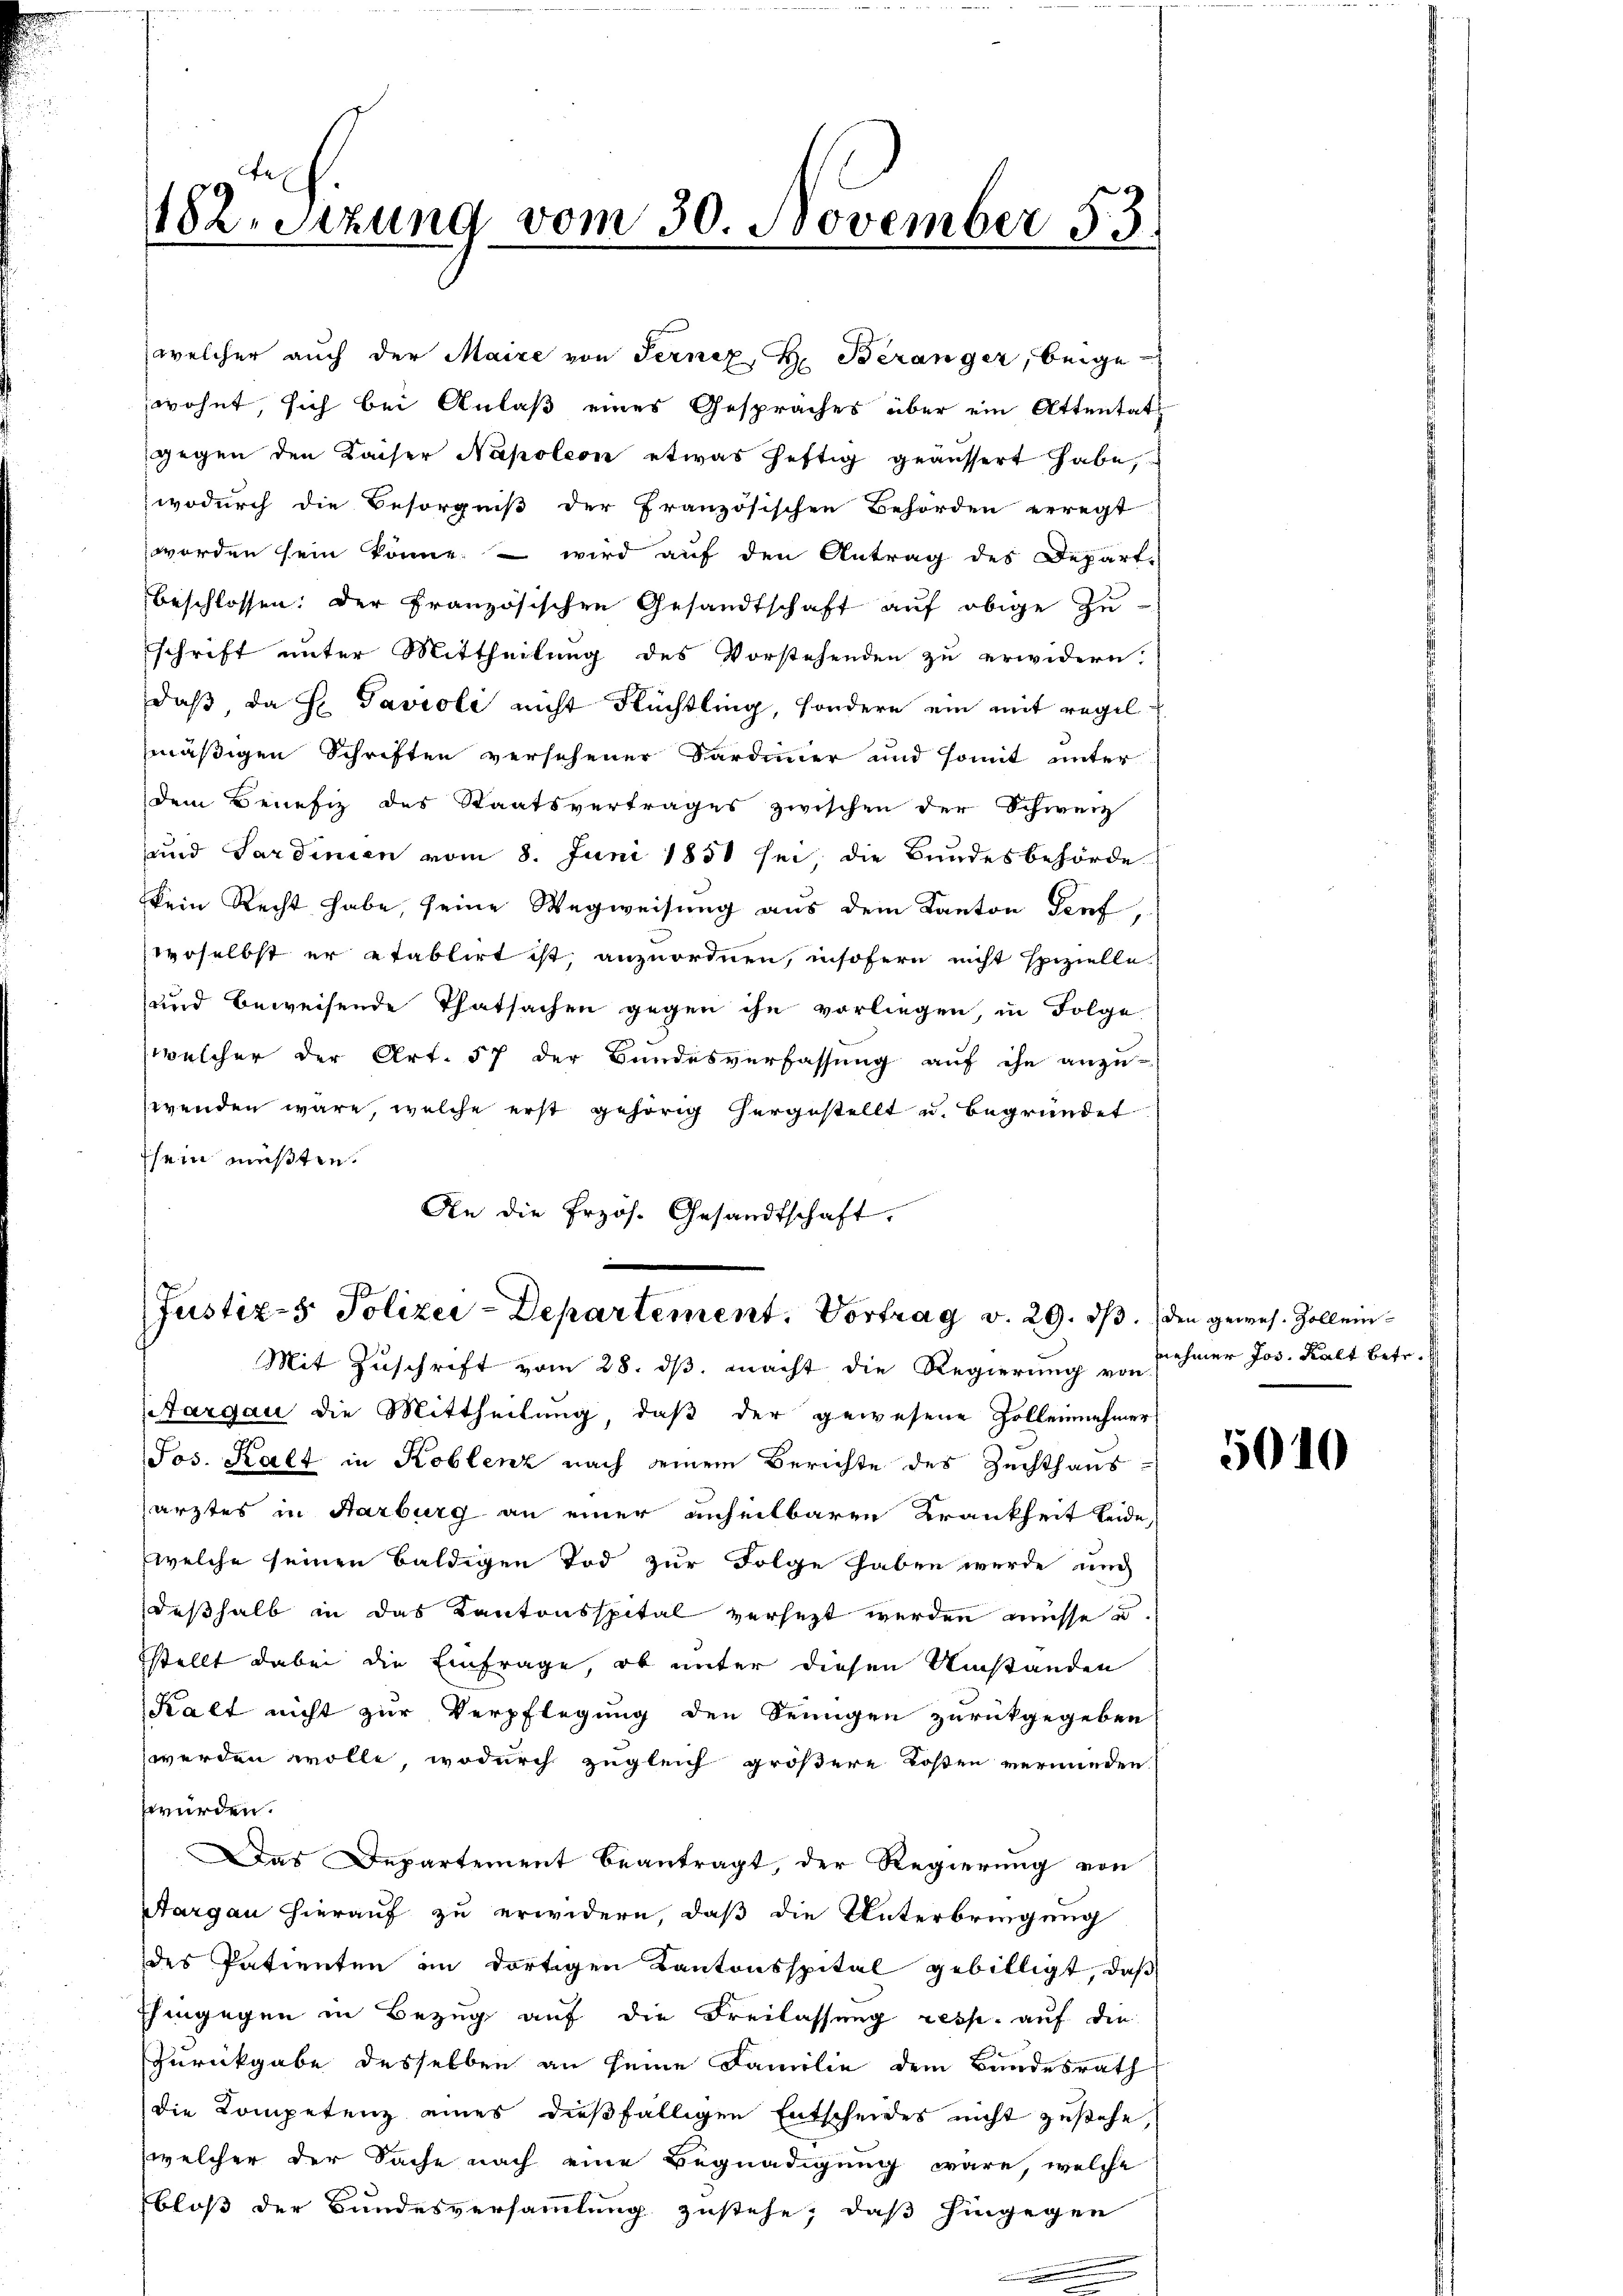
182. Sitzung vom 30. November 53.

welcher aŭch der Maire von Ferner H. Beranger, beige-
wohnt, sich bei Anlaß eines Gespräches über ein Attentat
gegen den Kaiser Napoleon etwas heftig geäussert habe,
wodurch die Besorgniß der Französischen Behörden erregt
worden sein könne, – wird auf den Antrag des Depart.
beschlossen: der Französischen Gesandtschaft auf obige Zu
schrift unter Mittheilung des Vorstehenden zu erwidern.
daß da H. Pavioli nicht Flüchtling, sondern ein mit regelmäßigen Schriften versehener Sardinier und somit unter
dem Benefiz des Staatsvertrages zwischen der Schweiz
und Sardinien vom 8. Juni 1858 sei, die Bundesbehörde
kein Recht habe, seine Wegweisung aus dem Kanton Genf,
woselbst er etablirt ist, anzuordnen, insofern nicht spezielle
und beweisende Thatsachen gegen ihn vorliegen, in Folge
welcher der Art. 57 der Bundesverfassung auf ihn anzu-
wenden wäre, welche erst gehörig hergestellt u. Begründet
ssein müßten.
An die frzös. Gesandtschaft,

Justiz- & Polizei-Departement. Vortrag v. 29. ds. den gewes. Zoll ein¬

Mit Zŭschrift vom 28. dβ. macht die Regierung von Schmer Jos. Kalt betr.
Aargau die Mittheilung, daß der gewesene Zolleinehmer
Jos. Kalt in Koblenz nach seinem Berichte des Zuchthaus-
sarztes in Harburg an einer unheilbaren Krankheit leide,
welche seinen baldigen Tod zur Folge haben werde und
deßhalb in das Kantonsspital versezt werden müsse u
stellt dabei die Einfrage, ob unter diesen Umständen
Kalt nicht zur Verpflegung den Senigen zurückgegeben
werden wolle, wodurch zugleich größere Losten verminden.
zwürden.
Das Departement beantragt, der Regierung von
Aargau hierauf zu erwidern, daß die Unterbringung
des Patienten im dortigen Kantonsspital gebilligt, daß
Ihingegen in Bezug auf die Freilassung resp. auf die
Zurückgabe desselben an seine Familie dem Bundesrath
die Kompetenz eines dießfälligen Entscheides nicht zustehe,
welcher der Sache nach eine Begnadigung wäre, welche
bloß der Bundesversammlung zustehe; daß hingegen

5010